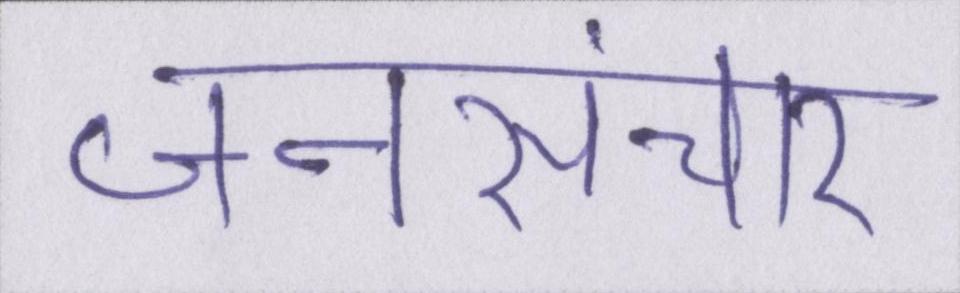
जनसंचार